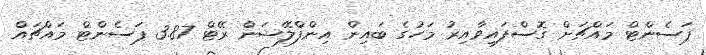
ޕަސެންޓް މައްޗަށް ގޮސްފައިވާއިރު މަހުގެ ބައިން އިންފްލޭޝަން ރޭޓް 3.87 ޕަސެންޓް މައްޗައް